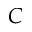
C